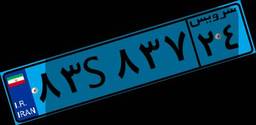
۸۳S۸۳۷۲۴